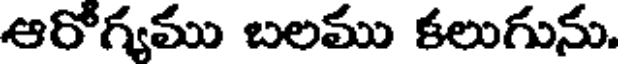
ఆరోగ్యము బలము కలుగును.